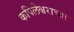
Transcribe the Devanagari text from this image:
कपिलेश्वराच्या